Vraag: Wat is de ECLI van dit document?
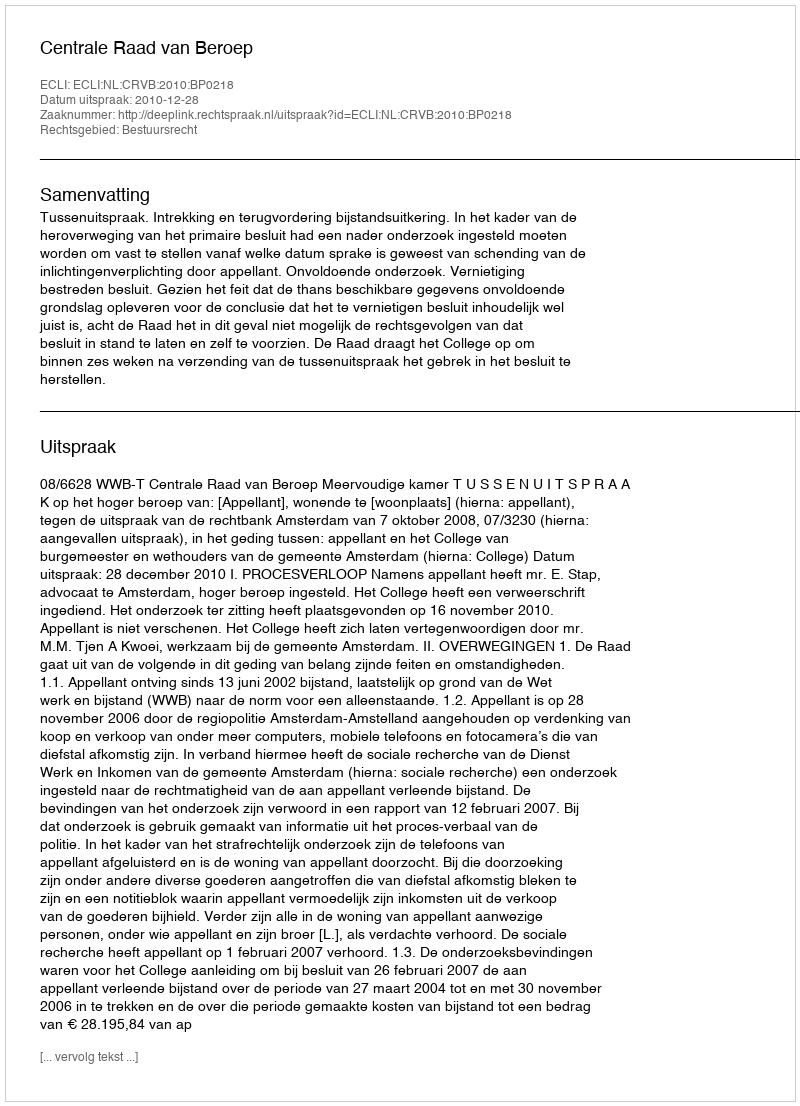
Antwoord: ECLI:NL:CRVB:2010:BP0218